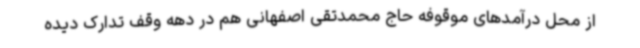
از محل درآمدهای موقوفه حاج محمدتقی اصفهانی هم در دهه وقف تدارک دیده